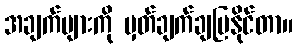
အချက်များကို မှတ်ချက်ချပြနိုင်တာ။